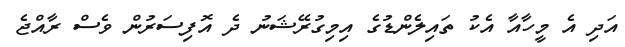
އަދި އެ މީހާއާ އެކު ތައިލެންޑުގެ އިމިގުރޭޝަނު ދެ އޮފިސަރުން ވެސް ރާއްޖެ